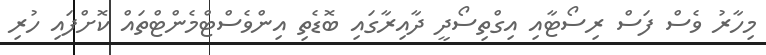
މިހާރު ވެސް ފަސް ރިސޯޓާއި އިގްތިސޯދީ ދާއިރާގައި ބޮޑެތި އިންވެސްޓްމެންޓްތައް ކޮށްފައި ހުރި